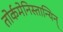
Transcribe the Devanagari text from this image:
तोर्कमेनिस्तान्यिन्